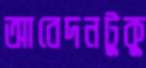
আবেদনটুকু